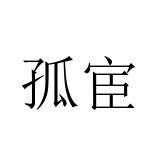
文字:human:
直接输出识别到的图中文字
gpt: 孤宦